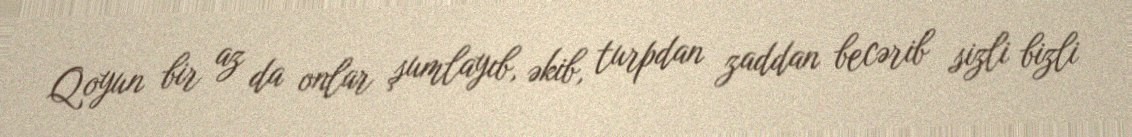
Qoyun bir az da onlar şumlayıb, əkib, turpdan zaddan becərib sizli bizli